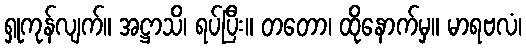
ရှုကုန်လျက်။ အဋ္ဌာသိ၊ ရပ်ပြီး။ တတော၊ ထိုနောက်မှ။ မာရဗလံ၊